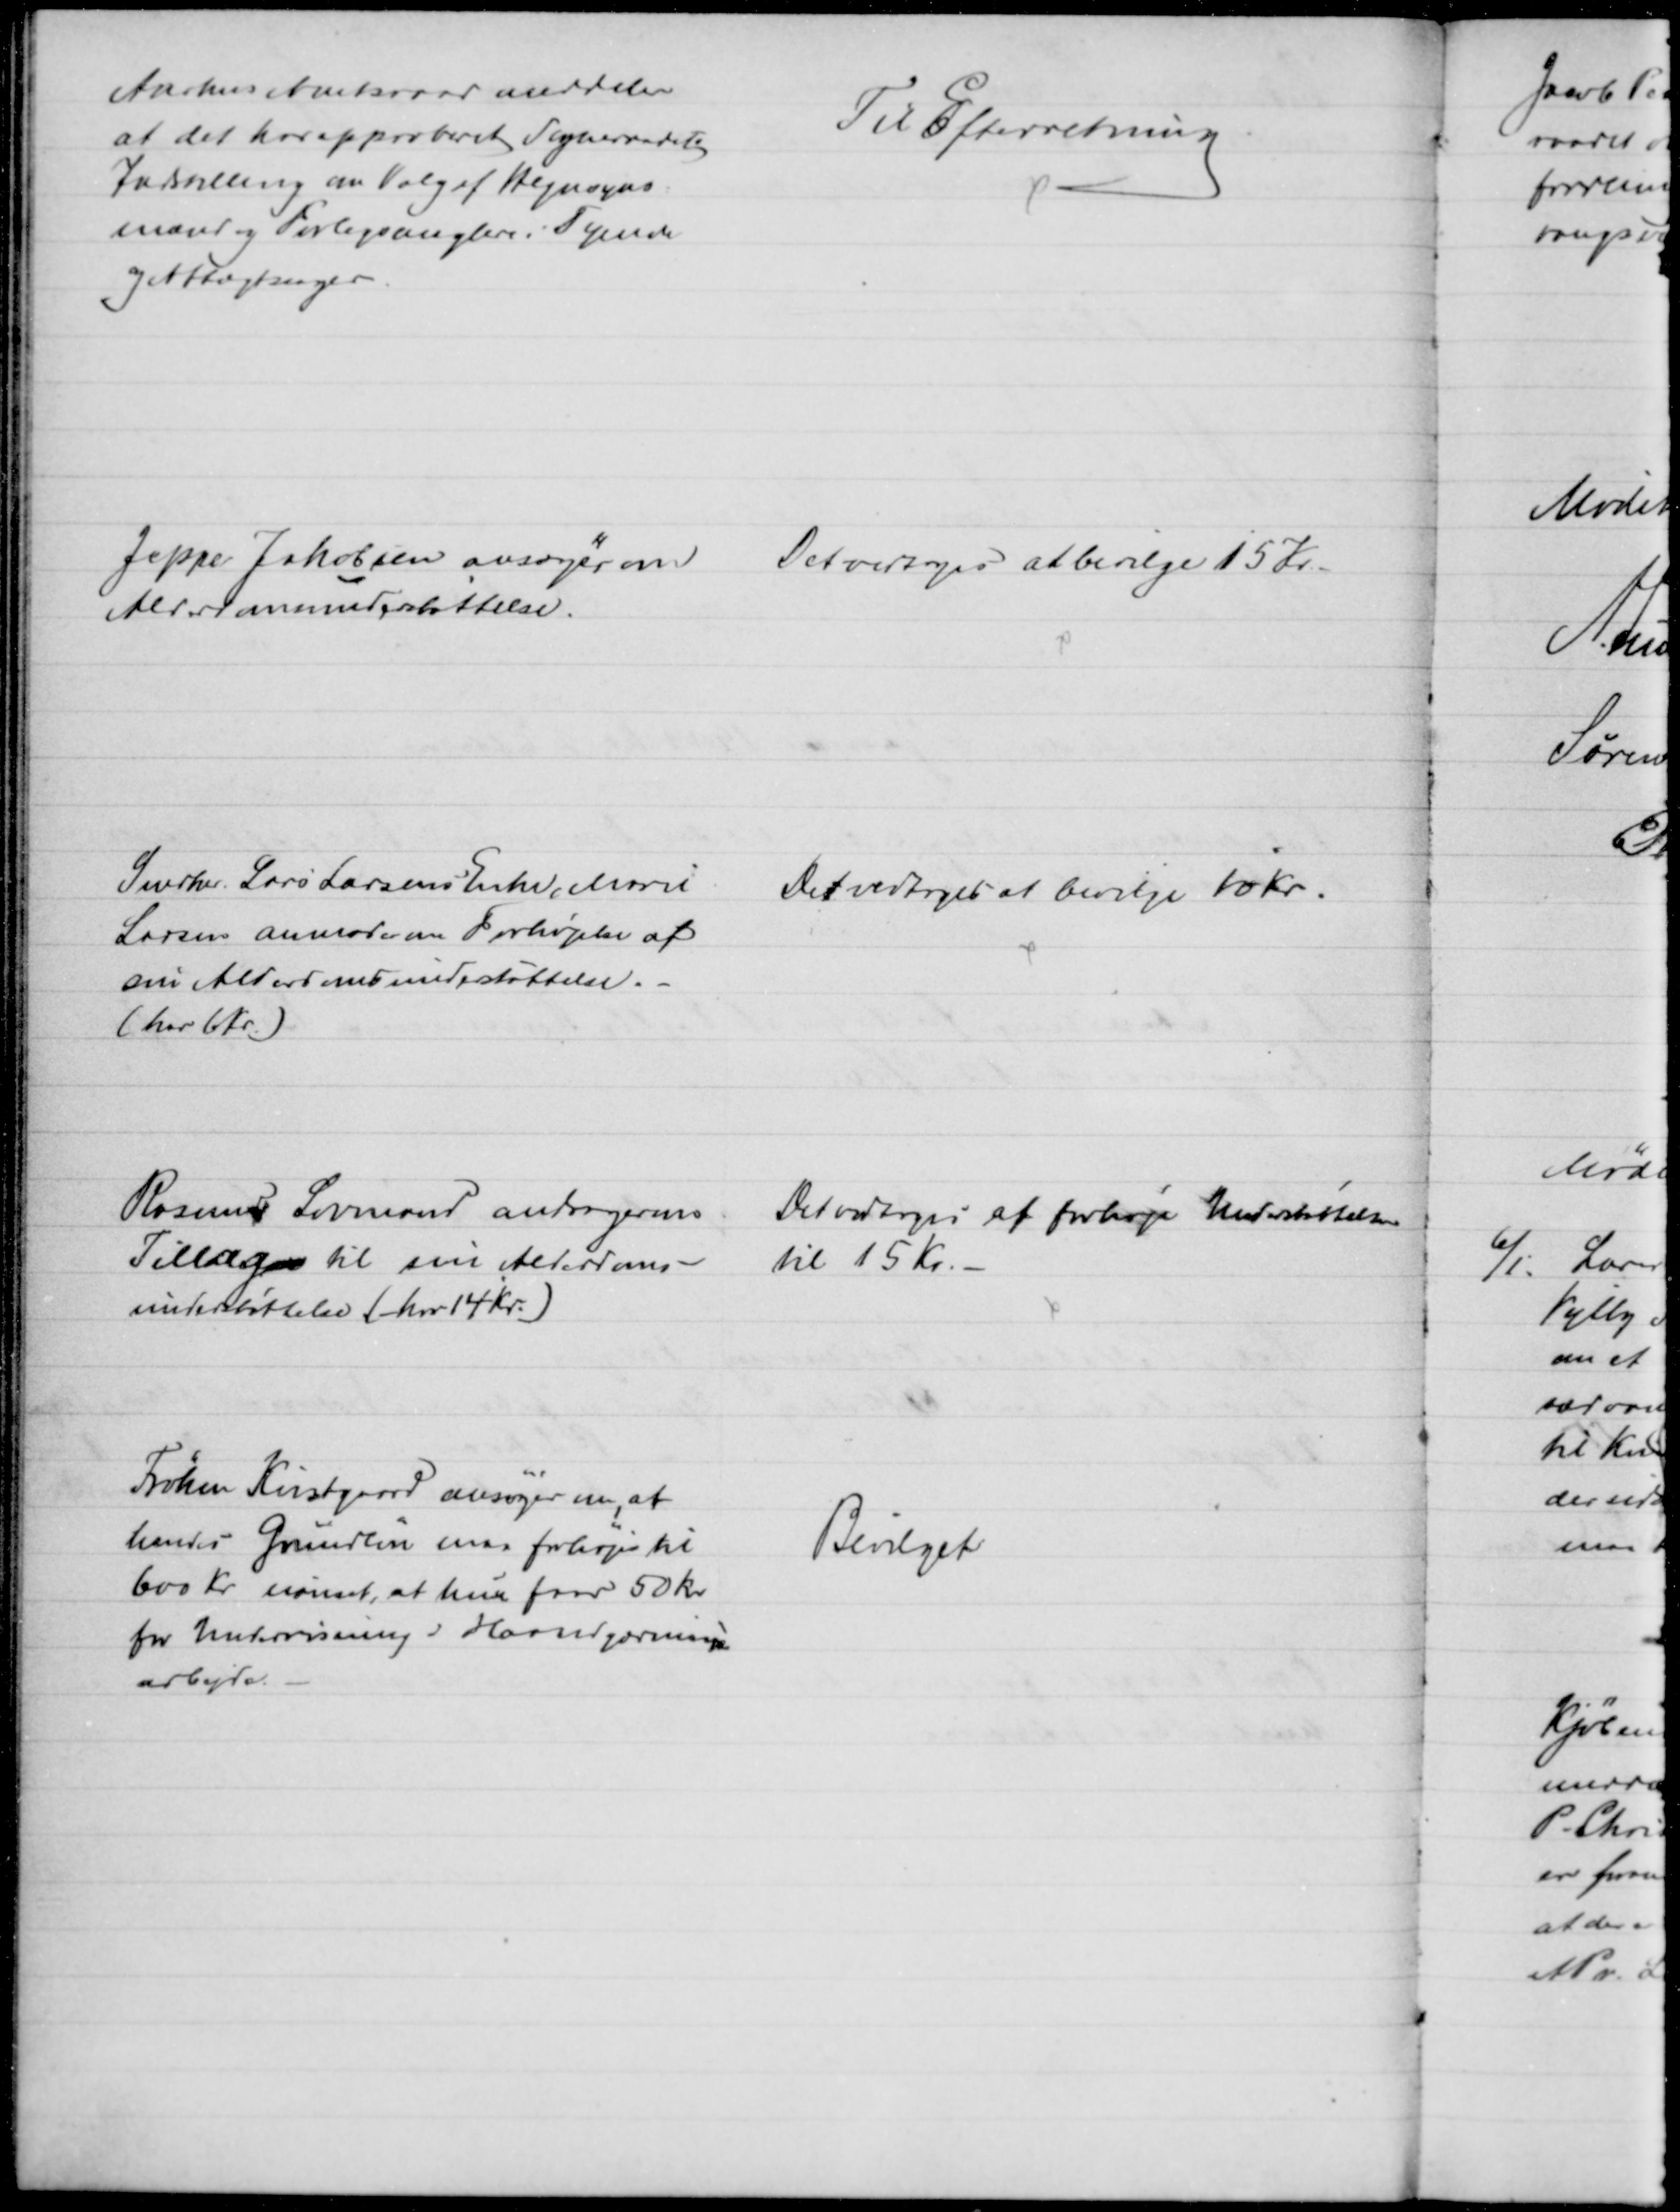
Transskription:
Aarhus Amtsraad meddeler
at det har approberet Sogneraadets
Indstilling om Valg af Hegnsyns-
mænd og Forligsmæglere i Tyende
og Aftægtsager.
Til Efterretning
Jeppe Jakobsen ansøger om
Alderdomsunderstøttelse.
Det vedtoges at bevilge 15 Kr.
Snedker Lars Larsens Enke, Marie
Larsen anmoder om Forhøjelse af
sin Alderdomsunderstøttelse.
(har 6 Kr.)
Det vedtoges at bevilge 10 Kr.
Rasmus Lovmand andrager om
Tillæg til sin Alderdoms-
understøttelse (har 14 Kr.)
Det vedtoges at forhøje Understøttelsen
til 15 Kr. 
Frøken Kvistgaard ansøger om, at
hendes Grundløn maa forhøjes til
600 Kr uanset, at hun faar 50 kr
for Undervisning i Haandgærnings
arbejde.
Bevilget